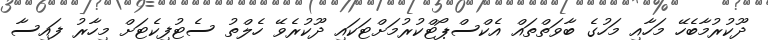
ދޫކުރުމާބެހޭ މަހާއި މަހުގެ ބާވަތްތައް އެކްސްޕޯޓްކުރުމަށްޓަކައި ދޫކުރެވޭ ހެލްތު ސެޓުފިކެޓަށް މިހާރު ފައިސާ